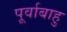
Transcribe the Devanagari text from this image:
पूर्वाबाहु